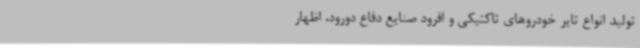
تولید انواع تایر خودروهای تاکتیکی و افرود صنایع دفاع دورود، اظهار